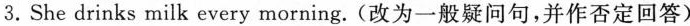
3.She drinks milk every morning.(改为一般疑问句,并作否定回答)